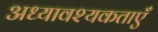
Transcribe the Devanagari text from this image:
अध्यावश्यकताएँ